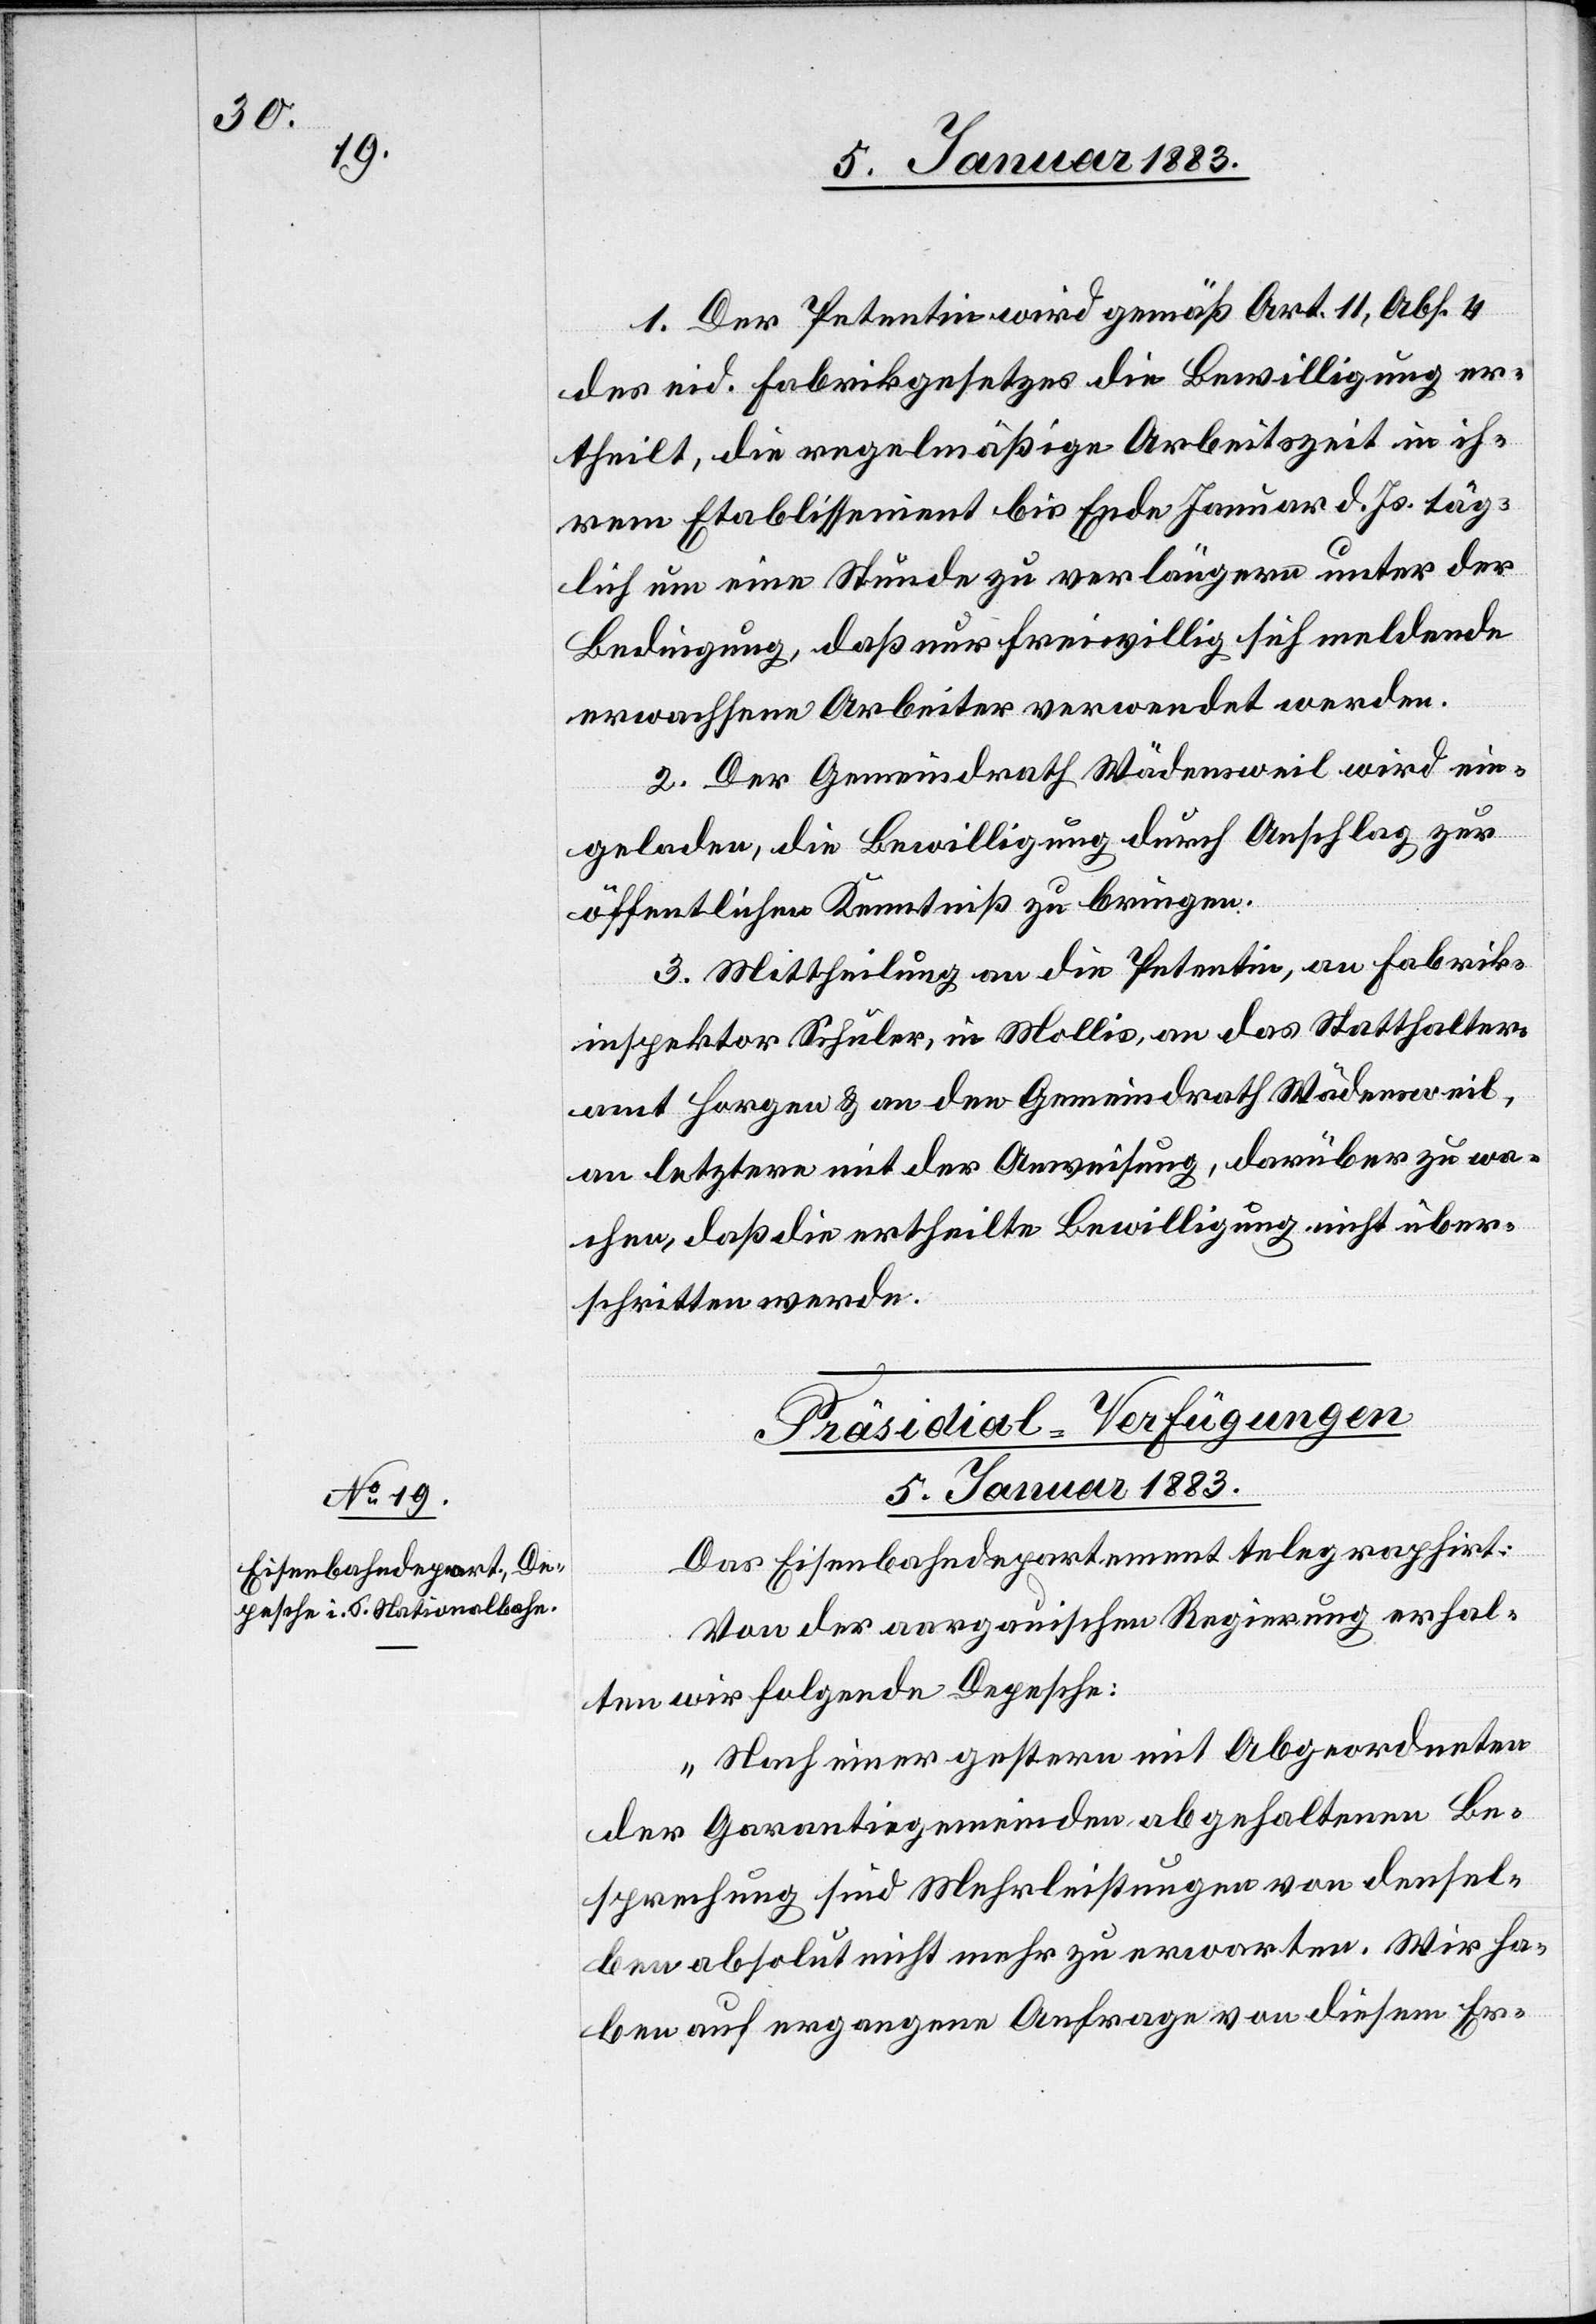
1. Der Petentin wird gemäß Art. 11, Abs. 4
des eid. Fabrikgesetzes die Bewilligung er¬
theilt, die regelmäßige Arbeitszeit in ih¬
rem Etablissement bis Ende Januar d. Js. täg¬
lich um eine Stunde zu verlängern unter der
Bedingung, daß nur freiwillig sich meldende
erwachsene Arbeiter verwendet werden.
2. Der Gemeindrath Wädensweil wird ein¬
geladen, die Bewilligung durch Anschlag zur
öffentlichen Kenntniß zu bringen.
3. Mittheilung an die Petentin, an Fabrik¬
inspektor Schuler, in Mollis, an das Statthalter¬
amt Horgen & an den Gemeindrath Wädensweil,
an letztern mit der Anweisung, darüber zu wa¬
chen, daß die ertheilte Bewilligung nicht über¬
schritten werde.
Präsidial-Verfügungen.
5. Januar 1883
Das Eisenbahndepartement telegraphiert:
Von der aargauischen Regierung erhal¬
ten wir folgende Depesche:
„Nach einer gestern mit Abgeordneten
der Garantiegemeinden abgehaltenen Be¬
sprechung sind Mehrleistungen von densel¬
ben absolut nicht mehr zu erwarten. Wir ha¬
ben auf ergangene Anfrage von diesem Er-